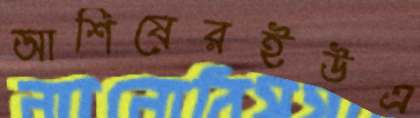
আশিষেরইউএ